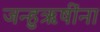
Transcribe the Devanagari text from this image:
जन्हुऋषींना